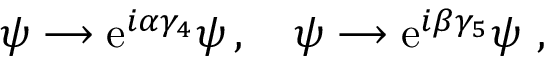
\psi \longrightarrow \mathrm { e } ^ { i \alpha \gamma _ { 4 } } \psi \, , \quad \psi \longrightarrow \mathrm { e } ^ { i \beta \gamma _ { 5 } } \psi \ ,